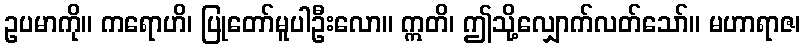
ဥပမာကို။ ကရောဟိ၊ ပြုတော်မူပါဦးလော။ ဣတိ၊ ဤသို့လျှောက်လတ်သော်။ မဟာရာဇ၊